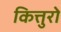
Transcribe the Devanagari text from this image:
कित्तुरो